Report on horse surra - Volume I
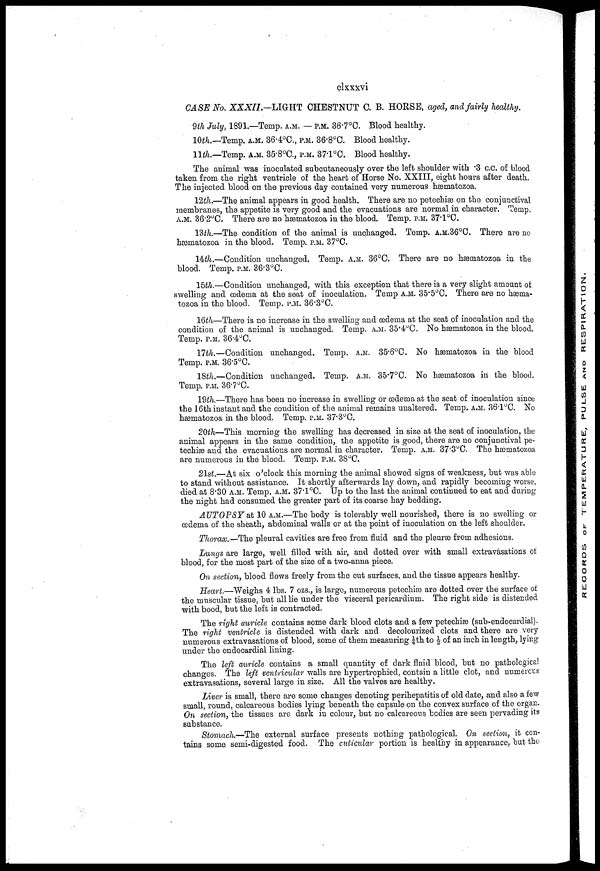
clxxxvi
CASE No. XXXII— LIGHT CHESTNUT C. B. HORSE, aged, and fairly healthy.
9th July, 1891.—Temp. A.M. — P.M. 36.7°C. Blood healthy.
10th.— Temp. A.M. 36.4°C., P.M. 36.8°C. Blood healthy.
11th.—Temp. A.M. 35.8°C., P.M. 37.1°C. Blood healthy.
The animal was inoculated subcutaneously over the left shoulder with .3 c.c. of blood
taken from the right ventricle of the heart of Horse No. XXIII, eight hours after death.
The injected blood on the previous day contained very numerous hæmatozoa.
12th.—The animal appears in good health. There are no petechiæ on the conjunctival
membranes, the appetite is very good and the evacuations are normal in character. Temp.
A.M. 36.2°C. There are no hæmatozoa in the blood. Temp. P.M. 37.1°C.
13th.—The condition of the animal is unchanged. Temp. A.M.36°C. There are no
hæmatozoa in the blood. Temp. P.M. 37°C.
14th.—Condition unchanged. Temp. A.M. 36°C. There are no hæmatozoa in the
blood. Temp, P.M. 36.3°C.
15th.—Condition unchanged, with this exception that there is a very slight amount of
swelling and œdema at the seat of inoculation. Temp A.M. 35. 5°C. There are no hæma-
tozoa in the blood. Temp. P.M. 36.3°C.
16th—There is no increase in the swelling and œdema at the seat of inoculation and the
condition of the animal is unchanged. Temp. A.M. 35.4°C. No hæmatozoa in the blood.
Temp. P.M. 36.4°C.
17th.—Condition unchanged. Temp. A.M. 35.6°C. No hæmatozoa in the blood
Temp. P.M. 36.5°C.
18th.—Condition unchanged. Temp. A.M. 35.7°C. No hæmatozoa in the blood.
Temp. P.M. 36.7°C.
19th.—There has been no increase in swelling or œdema at the seat of inoculation since
the 16th instant and the condition of the animal remains unaltered. Temp. A.M. 36.1°C. No
hæmatozoa in the blood. Temp. P.M. 37.3°C.
20th—This morning the swelling has decreased in size at the seat of inoculation, the
animal appears in the same condition, the appetite is good, there are no conjunctival pe-
techiæ and the evacuations are normal in character. Temp. A.M. 37.3°C. The hæmatozoa
are numerous in the blood. Temp. P.M. 38°C.
21st.—At six o'clock this morning the animal showed signs of weakness, but was able
to stand without assistance. It shortly afterwards lay down, and rapidly becoming worse,
died at 8.30 A.M. Temp. A.M. 37.1°C. Up to the last the animal continued to eat and during.
the night had consumed the greater part of its coarse hay bedding.
AUTOPSY at 10 A.M.—The body is tolerably well nourished, there is no swelling or
œdema of the sheath, abdominal walls or at the point of inoculation on the left shoulder.
Thorax.—The pleural cavities are free from fluid and the pleurae from adhesions.
Lungs are large, well filled with air, and dotted over with small extravasations of
blood, for the most part of the size of a two-anna piece.
On section, blood flows freely from the cut surfaces, and the tissue appears healthy.
Heart.—Weighs 4 lbs. 7 ozs., is large, numerous petechiæ are dotted over the surface of
the muscular tissue, but all lie under the visceral pericardium. The right side is distended
with bood, but the left is contracted.
The right auricle contains some dark blood clots and a few petechias (sub-endocardial).
The right ventricle is distended with dark and decolourized clots and there are very
numerous extravasations of blood, some of them measuring ¼th to ½of an inch in length, lying
under the endocardial lining.
The left auricle contains a small quantity of dark fluid blood, but no pathological
changes. The left ventricular walls are hypertrophied, contain a little clot, and numercus
extravasations, several large in size. All the valves are healthy.
Liver is small, there are some changes denoting perihepatitis of old date, and also a few
small, round, calcareous bodies lying beneath the capsule on the convex surface of the organ.
On section, the tissues are dark in colour, but no calcareous bodies are seen pervading its
substance.
Stomach.—The external surface presents nothing pathological. On section, it con-
tains some semi-digested food. The cuticular portion is healthy in appearance, but the